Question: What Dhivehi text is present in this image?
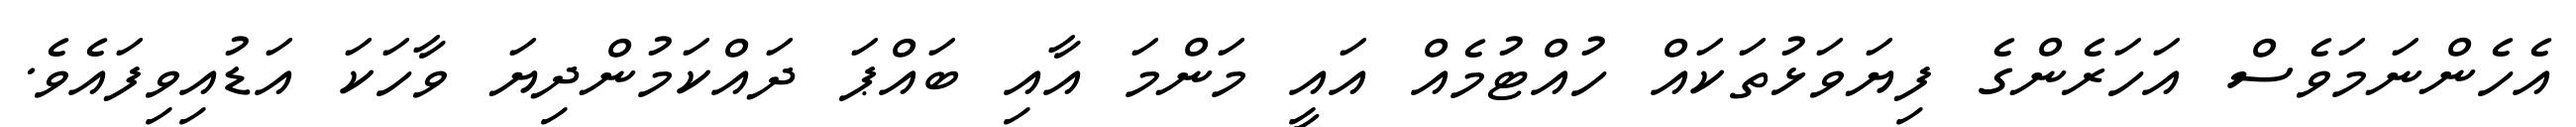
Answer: އެހެންނަމަވެސް އަހަރެންގެ ފިޔަވަޅުތަކައް ހުއްޓުމެއް އައީ މަންމަ އާއި ބައްޕަ ދައްކަމުންދިޔަ ވާހަކަ އަޑުއިވިފައެވެ.